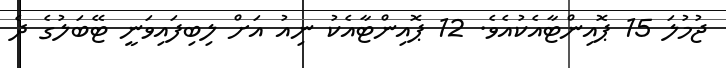
ޖުމުލަ 15 ޕޮއިންޓާއެކުއެވެ. 12 ޕޮއިންޓާއެކު ނިއު އަށް ލިބިފައިވަނީ ޓޭބަލުގެ ދެ